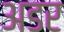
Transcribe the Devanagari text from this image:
अडर